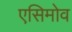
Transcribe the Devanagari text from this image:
एसिमोव